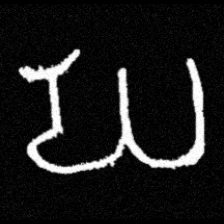
Pyu character \u2014 Myanmar letter: ဃ (romanized: gha)